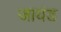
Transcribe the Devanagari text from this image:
जायंड